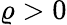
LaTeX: \varrho>0